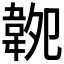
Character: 𩎝